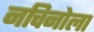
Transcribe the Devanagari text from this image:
नचिनोला